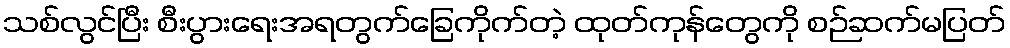
သစ်လွင်ပြီး စီးပွားရေးအရတွက်ခြေကိုက်တဲ့ ထုတ်ကုန်တွေကို စဉ်ဆက်မပြတ်